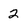
Character: 2